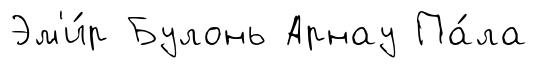
Эм'и́р Булонь Арнау Па́ла